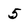
Character: 5